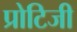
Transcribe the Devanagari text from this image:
प्रोटिजी